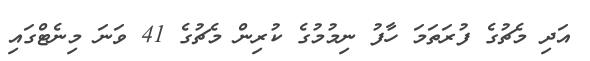
އަދި މެޗުގެ ފުރަތަމަ ހާފު ނިމުމުގެ ކުރިން މެޗުގެ 41 ވަނަ މިނެޓްގައި